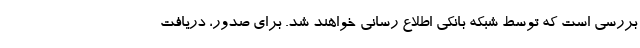
بررسی است که توسط شبکه بانکی اطلاع رسانی خواهند شد. برای صدور، دریافت